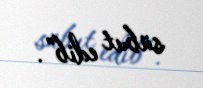
sübut edib”.